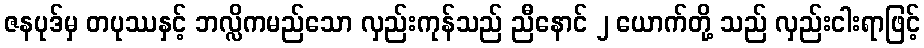
ဇနပုဒ်မှ တပုဿနှင့် ဘလ္လိကမည်သော လှည်းကုန်သည် ညီနောင် ၂ ယောက်တို့ သည် လှည်းငါးရာဖြင့်